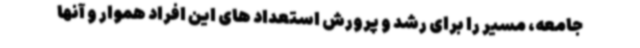
جامعه، مسیر را برای رشد و پرورش استعداد های این افراد هموار و آنها